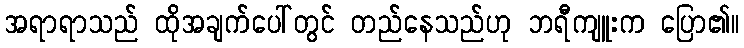
အရာရာသည် ထိုအချက်ပေါ်တွင် တည်နေသည်ဟု ဘရီကျူးက ပြော၏။